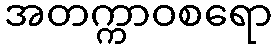
အတက္ကာဝစရော